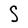
Character: S